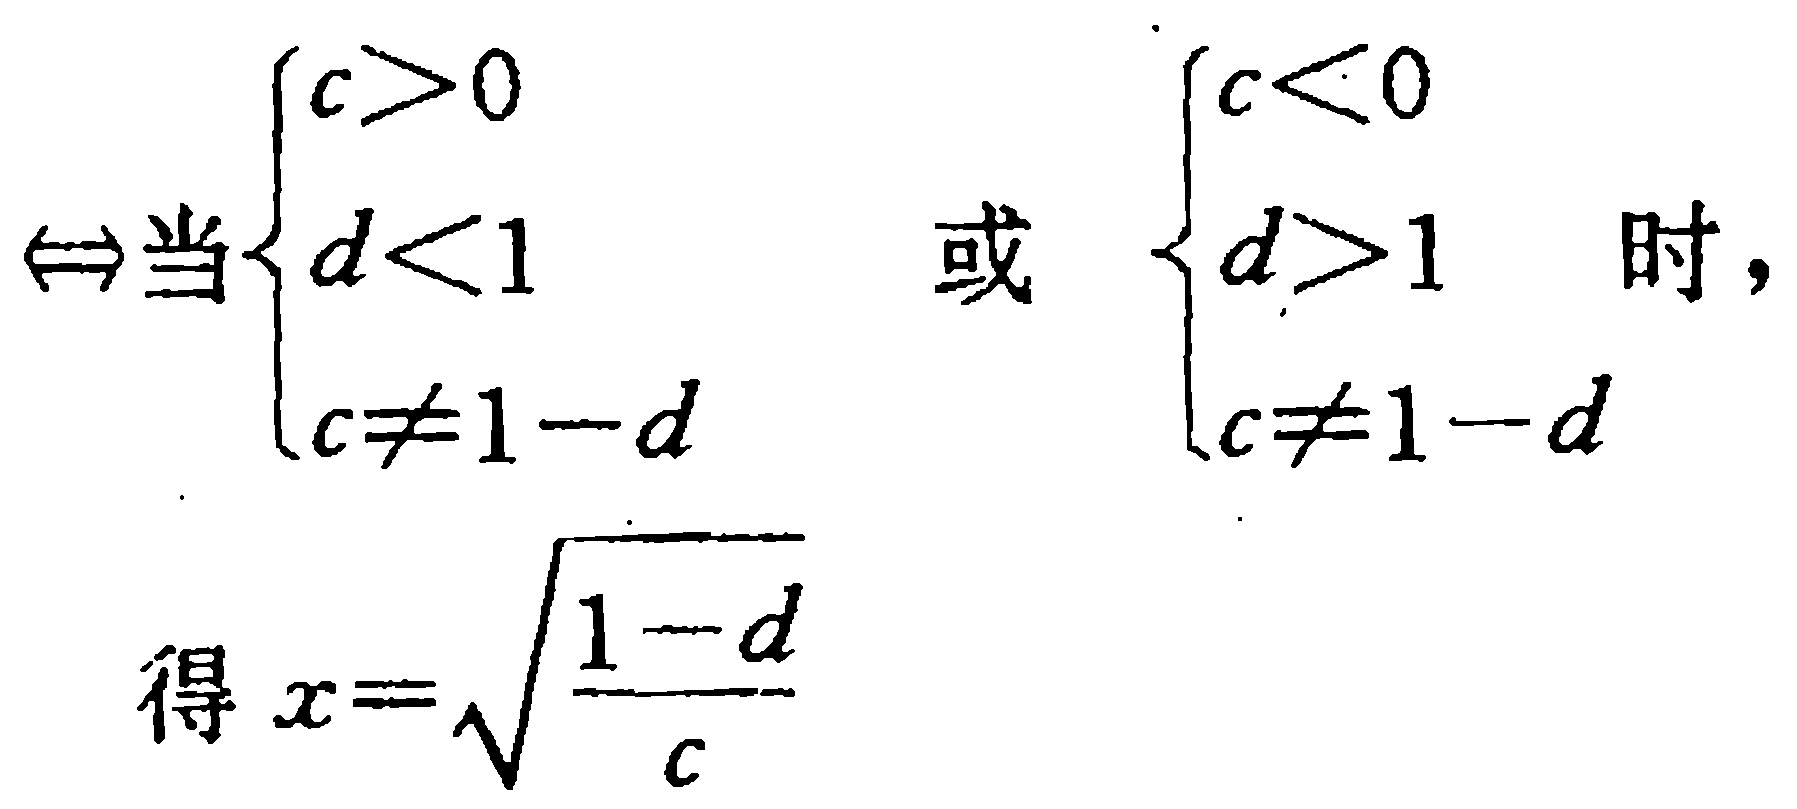
\(\Leftrightarrow\)当\(\begin{cases}c>0 \\ d<1 \\ c\neq1 - d\end{cases}\)或\(\begin{cases}c<0 \\ d>1 \\ c\neq1 - d\end{cases}\)时，

得\(x = \sqrt{\frac{1 - d}{c}}\)